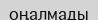
оңалмады